Vital statistics of India. Vol. IV, Annual returns from 1871 to 1876. British Army of India, Native Army and jails of Bengal
Year: 1871
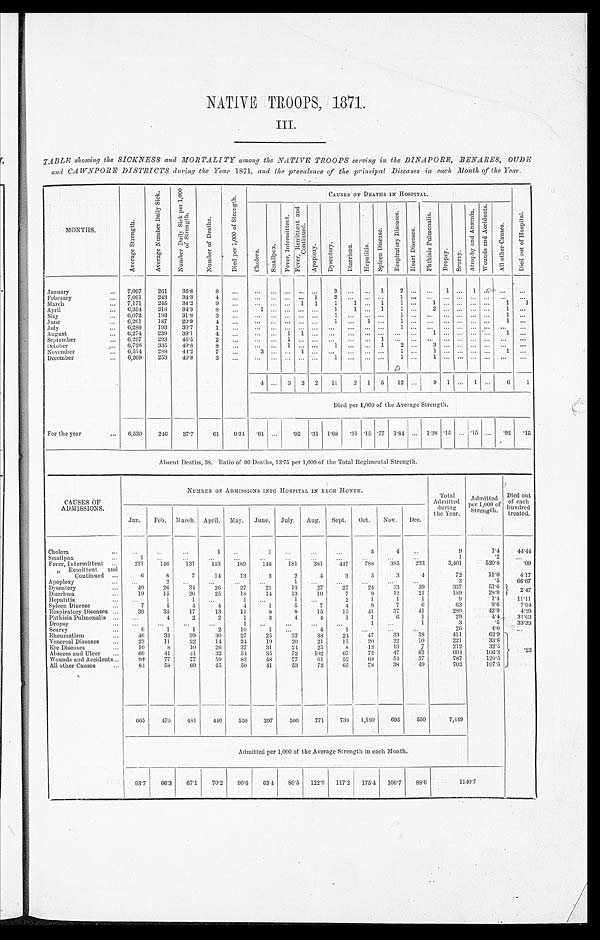
NATIVE TROOPS, 1871.
III.
TABLE showing the SICKNESS and MORTALITY among the NATIVE TROOPS serving in the DINAPORE, BENARES, OUDE
and CAWNPORE DISTRICTS during the Year 1871, and the prevalence of the principal Diseases in each Month of the Year.
M O N T H S .
A v e r a g e S t r e n g t h .
A v e r a g e N u m b e r D a i l y S i c k .
N u m b e r D a i l y S i c k p e r 1 , 0 0 0 o f S t r e n g t h .
N u m b e r o f D e a t h s .
D i e d p e r 1 , 0 0 0 o f S t r e n g t h .
CAUSES OF DEATHS IN HOSPITAL.
D i e d o u t o f H o s p i t a l .
C h o l e r a .
S m a l l p o x .
F e v e r , I n t e r m i t t e n t .
F e v e r , R e m i t t e n t a n d C o n t i n u e d .
A p o p l e x y .
D y s e n t e r y .
D i a r r h œ a . H e p a t i t i s .
S p l e e n D i s e a s e .
R e s p i r a t o r y D i s e a s e s .
H e a r t D i s e a s e s .
P h t h i s i s P u l m o n a l i s .
D r o p s y . S c u r v y .
A t r o p h y a n d A n æ m i a .
W o u n d s a n d A c c i d e n t s .
A l l o t h e r C a u s e s .
January
7,097
261 36.8
8
. . .
. . .
. . . . . . . . . . . .
3 . . .
. . .
1 2
. . . . . .
1 . . . 1 . . . . . .
. . .
February
7,091
243
34.3
4
. . .
. . .
...
. . .
... 1
2
. . .
. . . . . . 1
. . . . . .
. . . . . . . . . . . . . . .
. . .
March
7,171
245 34.2
9
. . .
...
. . .
... 1 1
1
1 ... 1
1
. . .
1
. . . . . . . . . . . .
1
1
April
6,354
218
34.3
8
. . .
1
. . . . . . . . .
. . .
1
1
. . .
1
1
. . .
2 . . . . . . . . . . . .
1 . . .
May
6,072
193
31.8
3
. . .
. . .
... ... ...
. . . 1
. . .
. . .
...
1
. . . . . .
. . . . . . . . . . . . 1
. . .
June
6,261
187
29.9
4
. . .
... ... ... ...
. . . 1
. . .
1 . . . 1
. . . . . .
. . .
... ... ...
1
. . .
July
6,288
193
30.7
1
. . .
. . .
. . . . . . . . . . . .
. . .
. . .
. . . . . . 1
. . . . . .
. . . . . .
. . . . . .
. . .
. . .
August
6,274
239
38.1
4
. . .
. . .
. . . 1 1
. . . . . .
. . .
. . . . . .
...
. . . 1
. . . . . . . . . . . .
1
. . .
September
6,297
293
46.5
2
. . .
. . .
. . .
1
. . .
. . . . . .
. . .
. . .
1 . . .
. . .
. . .
... ... ...
. . . . . .
. . .
October
6,726 335
49.8
8
. . .
. . .
. . .
1
. . .
. . .
1
. . .
. . .
1
2
. . .
3 . . . . . . . . . . . . . . .
. . .
November
6,514
288
41.2
7
. . .
3 ... ... 1
. . .
...
. . .
... ...
1 ...
1
. . . . . . . . .
. . . 1
. . .
December
6,209
253
40.8
3 ...
...
. . .
...
. . .
...
1
. . .
. . .
...
1 . . . 1
. . . . . . . . .
... ... ...
4 ... 3 3 2 11
2 1 5 12 ...
9
1 . . . 1 . . .
6
1
Died per 1,000 of the Average Strength.
For the year
6,530
246
37.7
61
9.34 .61 ...
. 9 2
.31 1.68 .31 .15 .77 1.84 ... 1.38 .15 ... .15 ... .92 .15
Absent Deaths, 38. Ratio of 99 Deaths, 13.75 per 1,000 of the Total Regimental Strength.
CAUSES OF
ADMISSIONS.
NUMBER OF ADMISSIONS INTO HOSPITAL IN EACH MONTH.
Total
Admitted
d u r i n g
the Year.
Admitted
per 1,000 of
Strength.
Died out
of each
hundred
treated.
Jan. Feb. March. April. May. June. July. Aug. Sept. Oct. Nov. Dec.
Cholera
...
...
...
1
. . .
1
. . .
. . .
...
3
4
. . .
9
1.4
44.44
Smallpox
1
. . .
...
. . .
. . .
. . .
...
. . .
. . .
. . .
. . .
. . .1
.2
. . .
Fever, Intermittent
221
146 131
153
189
146
181
381 447 788
385
233
3,401
520.8
.09
”Remittent and
Continued
6
8
7
14
13
3
2
4
3
5
3
4
72
11.0
4.17
Apoplexy
. . .
2
. . .
. . .
. . .
...
1
. . .
. . .
...
...
...
3
. 5
66.67
Dysentery
40
26
34
26
27
21
13
27
27
24
33
39
337
51.6
2 . 4 7
Diarrhœa
19
15
26
25
18
1 4
1 3
1 0
7
9
1 2
2 1 189
28.9
Hepatitis
. . .
1
1
. . .
. . .
. . .
1 . . .
2
1
1
1
9
1.4
1 1 . 1 1
Spleen Disease
7
5
4
4
4
1
5
7
4
9
7
6
63
9.6
7.94
Respiratory Diseases
39
35
17
13
11
8
8
15
15
41
37
41
280
42.9
4.29
Phthisis Pulmonalis
. . .
4
2
2
1
3
4
4
1
1
6
1
29
4 . 4
31.03
Dropsy
. . .
. . .
. . .
. . .
1
. . .
. . .
. . .
. . .
1
. . .
1
3
.5 33.33
Scurvy
6
1
1
2
10
1
. . .
4
1
. . .
. . .
. . .
26
4 . 0
. . .
Rheumatism
46
32
39
30
27
25
32
38
24
47
33
38
411
62.9
. 2 3
Venereal Diseases
23
11
22
14
24
19
20
21
15
20
22
10
221
33.8
Eye Diseases
10
8
10
26
37
31
24
25
8
13
13
7
212
32.5
Abscess and Ulcer
69
41
41
32
54
35
72
102
67
72
47
62
694
106.3
Wounds and Accidents
94
77
77
59
83
48
77
61
52
68
54
37
787
120.5
All other Causes
84
58
69
45
50
41
53
72
65
78
38
49
702
1 0 7 . 5
665
470
481
446
550
397
506
771
738 1,180
695
550
7,449
Admitted per 1,000 of the Average Strength in each Month.
93.7 66.3 67.1
70.2 90.6 63.4 80.5 122.9 117.2 175.4 106.7 88.6
1140.7